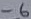
Text: -6